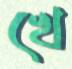
খে